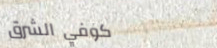
كوفي الشرق